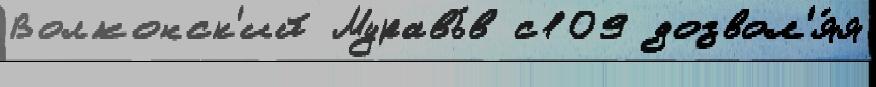
Волконск'ий Муравь́в с109 дозвол'я́я